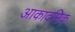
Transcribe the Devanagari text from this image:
आकादमिक